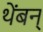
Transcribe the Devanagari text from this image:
थेंबन्